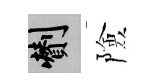
剪險